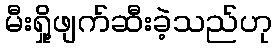
မီးရှို့ဖျက်ဆီးခဲ့သည်ဟု